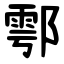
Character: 鄠